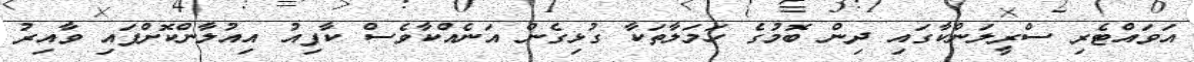
އަވައްޓެރި ސްރީލަންކާގައި ދިން ބޮމުގެ ހަމަލާތަކާ ގުޅިގެން އަނެއްކާވެސް ކާފިއު އިއުލާންކޮށްފައި ވާއިރު